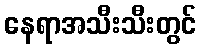
နေရာအသီးသီးတွင်